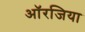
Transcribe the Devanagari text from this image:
ऑरजिया